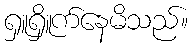
ရှူရှိူက်နေမိသည်။